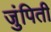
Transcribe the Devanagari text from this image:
जुंपिती